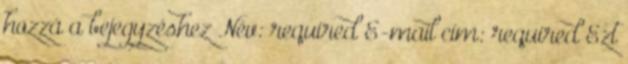
hozzá a bejegyzéshez Név: required E-mail cím: required Ezt